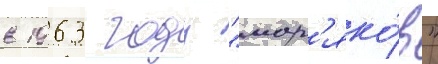
в 1963 году "мор'яко́в"